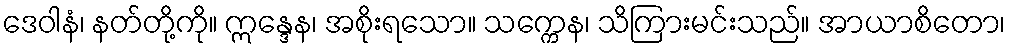
ဒေဝါနံ၊ နတ်တို့ကို။ ဣန္ဒေန၊ အစိုးရသော။ သက္ကေန၊ သိကြားမင်းသည်။ အာယာစိတော၊